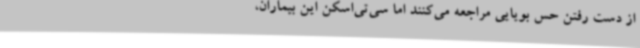
از دست رفتن حس بویایی مراجعه می‌کنند اما سی‌تی‌اسکن این بیماران،